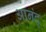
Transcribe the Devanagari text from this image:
आनंद्